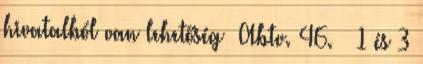
hivatalból van lehetőség Abtv. 46. § 1 és 3